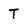
Character: T